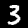
Digit: 3